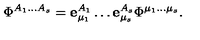
\Phi ^ { A _ { 1 } \ldots A _ { s } } = { \bf e } _ { \mu _ { 1 } } ^ { A _ { 1 } } \ldots { \bf e } _ { \mu _ { s } } ^ { A _ { s } } \Phi ^ { \mu _ { 1 } \ldots \mu _ { s } } .